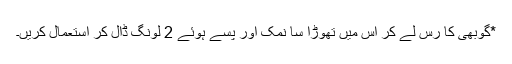
*گوبھی کا رس لے کر اس میں تھوڑا سا نمک اور پسے ہوئے 2 لونگ ڈال کر استعمال کریں۔